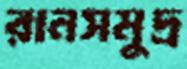
রানসমুদ্র